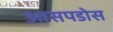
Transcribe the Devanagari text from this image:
आसपडोस